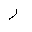
Letter: _ra